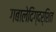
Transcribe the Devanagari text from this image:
गबालेदिग्दर्शित